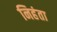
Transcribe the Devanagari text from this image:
निहंता